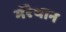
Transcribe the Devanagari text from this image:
मॅरेथान